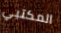
المكتبي